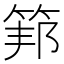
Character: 𥮇